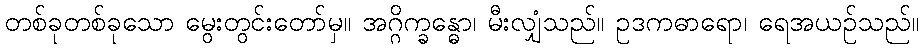
တစ်ခုတစ်ခုသော မွေးတွင်းတော်မှ။ အဂ္ဂိက္ခန္ဓော၊ မီးလျှံသည်။ ဥဒကဓာရော၊ ရေအယဉ်သည်။